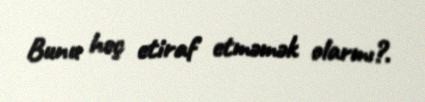
Bunu heç etiraf etməmək olarmı?.